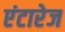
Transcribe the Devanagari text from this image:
एंटारेज